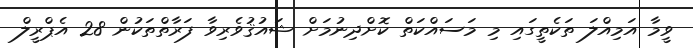
ވީމާ އަމިއްލަ ތަކެތީގައި މި މަސައްކަތް ކޮށްދިނުމަށް ޝައުޤުވެރިވާ ފަރާތްތަކުން 28 އެޕްރީލް